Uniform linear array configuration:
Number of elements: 24
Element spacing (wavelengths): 0.5
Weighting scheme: exponential
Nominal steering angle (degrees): -30
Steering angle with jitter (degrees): -28.055
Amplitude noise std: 0.05
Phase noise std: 0.05

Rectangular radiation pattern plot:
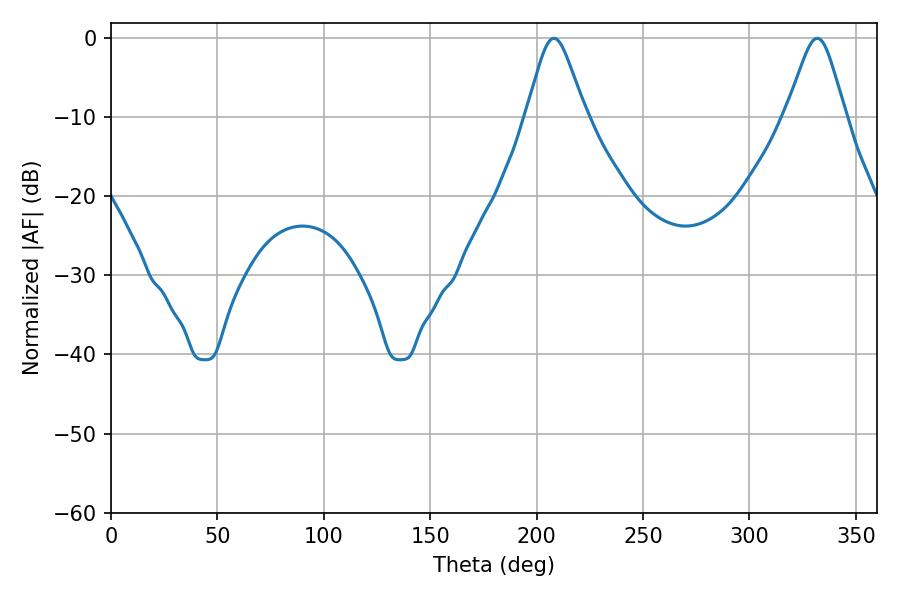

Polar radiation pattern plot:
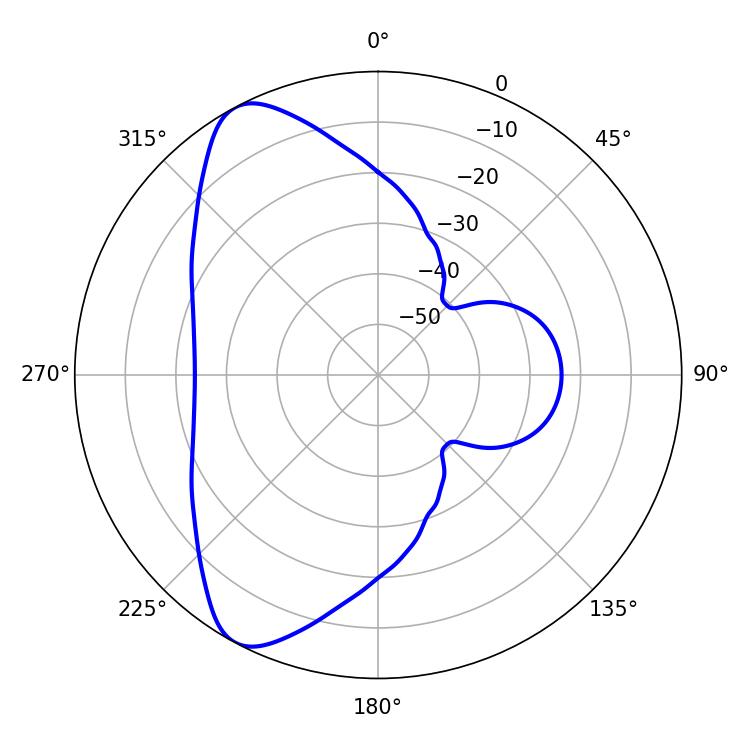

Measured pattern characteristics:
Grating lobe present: FALSE
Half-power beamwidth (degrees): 13.32
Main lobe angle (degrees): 208.08